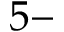
5 -